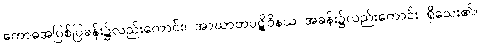
ကောဓအပြစ်ပြခန်း၌လည်းကောင်း၊ အာဃာတပဋိဝိနယ အခန်း၌လည်းကောင်း ရှိသေး၏။